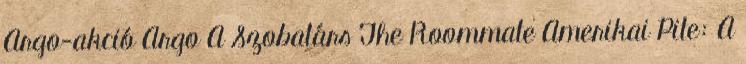
Argo-akció Argo A Szobatárs The Roommate Amerikai Pite: A